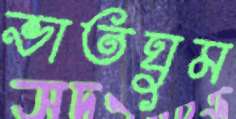
ভাতঘুম